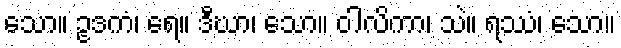
သော။ ဥဒကံ၊ ရေ။ ဒီဃာ၊ သော။ ဝါလိကာ၊ သဲ။ ရဿံ၊ သော။